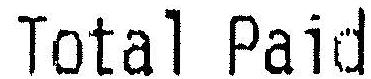
TOTAL PAID